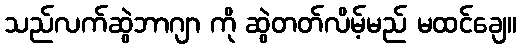
သည်လက်ဆွဲဘာဂျာ ကို ဆွဲတတ်လိမ့်မည် မထင်ချေ။